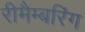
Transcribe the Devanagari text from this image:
रीमैम्बरिंग